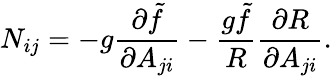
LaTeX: N_{ij}=-g{\frac{\partial\tilde{f}}{\partial A_{ji}}}-{\frac{g\tilde{f}}{R}}{\frac{\partial R}{\partial A_{ji}}}.